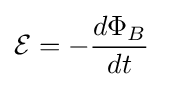
{\mathcal {E}}=-{{d\Phi _{B}} \over dt}\quad